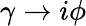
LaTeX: \gamma\to i\phi